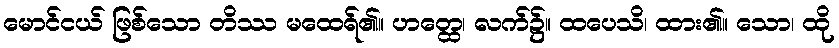
မောင်ငယ် ဖြစ်သော တိဿ မထေရ်၏။ ဟတ္ထေ၊ လက်၌။ ထပေသိ၊ ထား၏။ သော၊ ထို